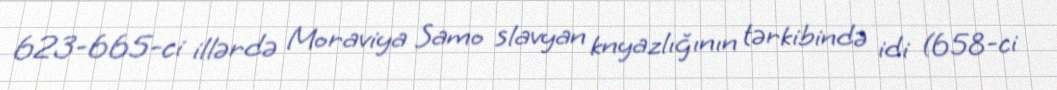
623-665-ci illərdə Moraviya Samo slavyan knyazlığının tərkibində idi (658-ci